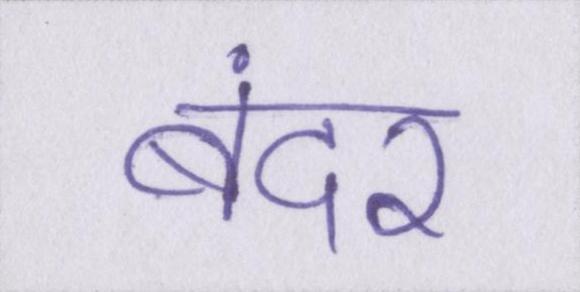
बंदर